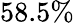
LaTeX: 58.5\%